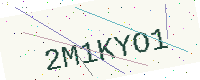
Text: 2M1KYO1